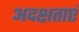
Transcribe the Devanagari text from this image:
अदक्षताएं